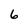
Character: 6